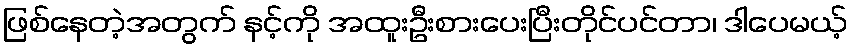
ဖြစ်နေတဲ့အတွက် နင့်ကို အထူးဦးစားပေးပြီးတိုင်ပင်တာ၊ ဒါပေမယ့်